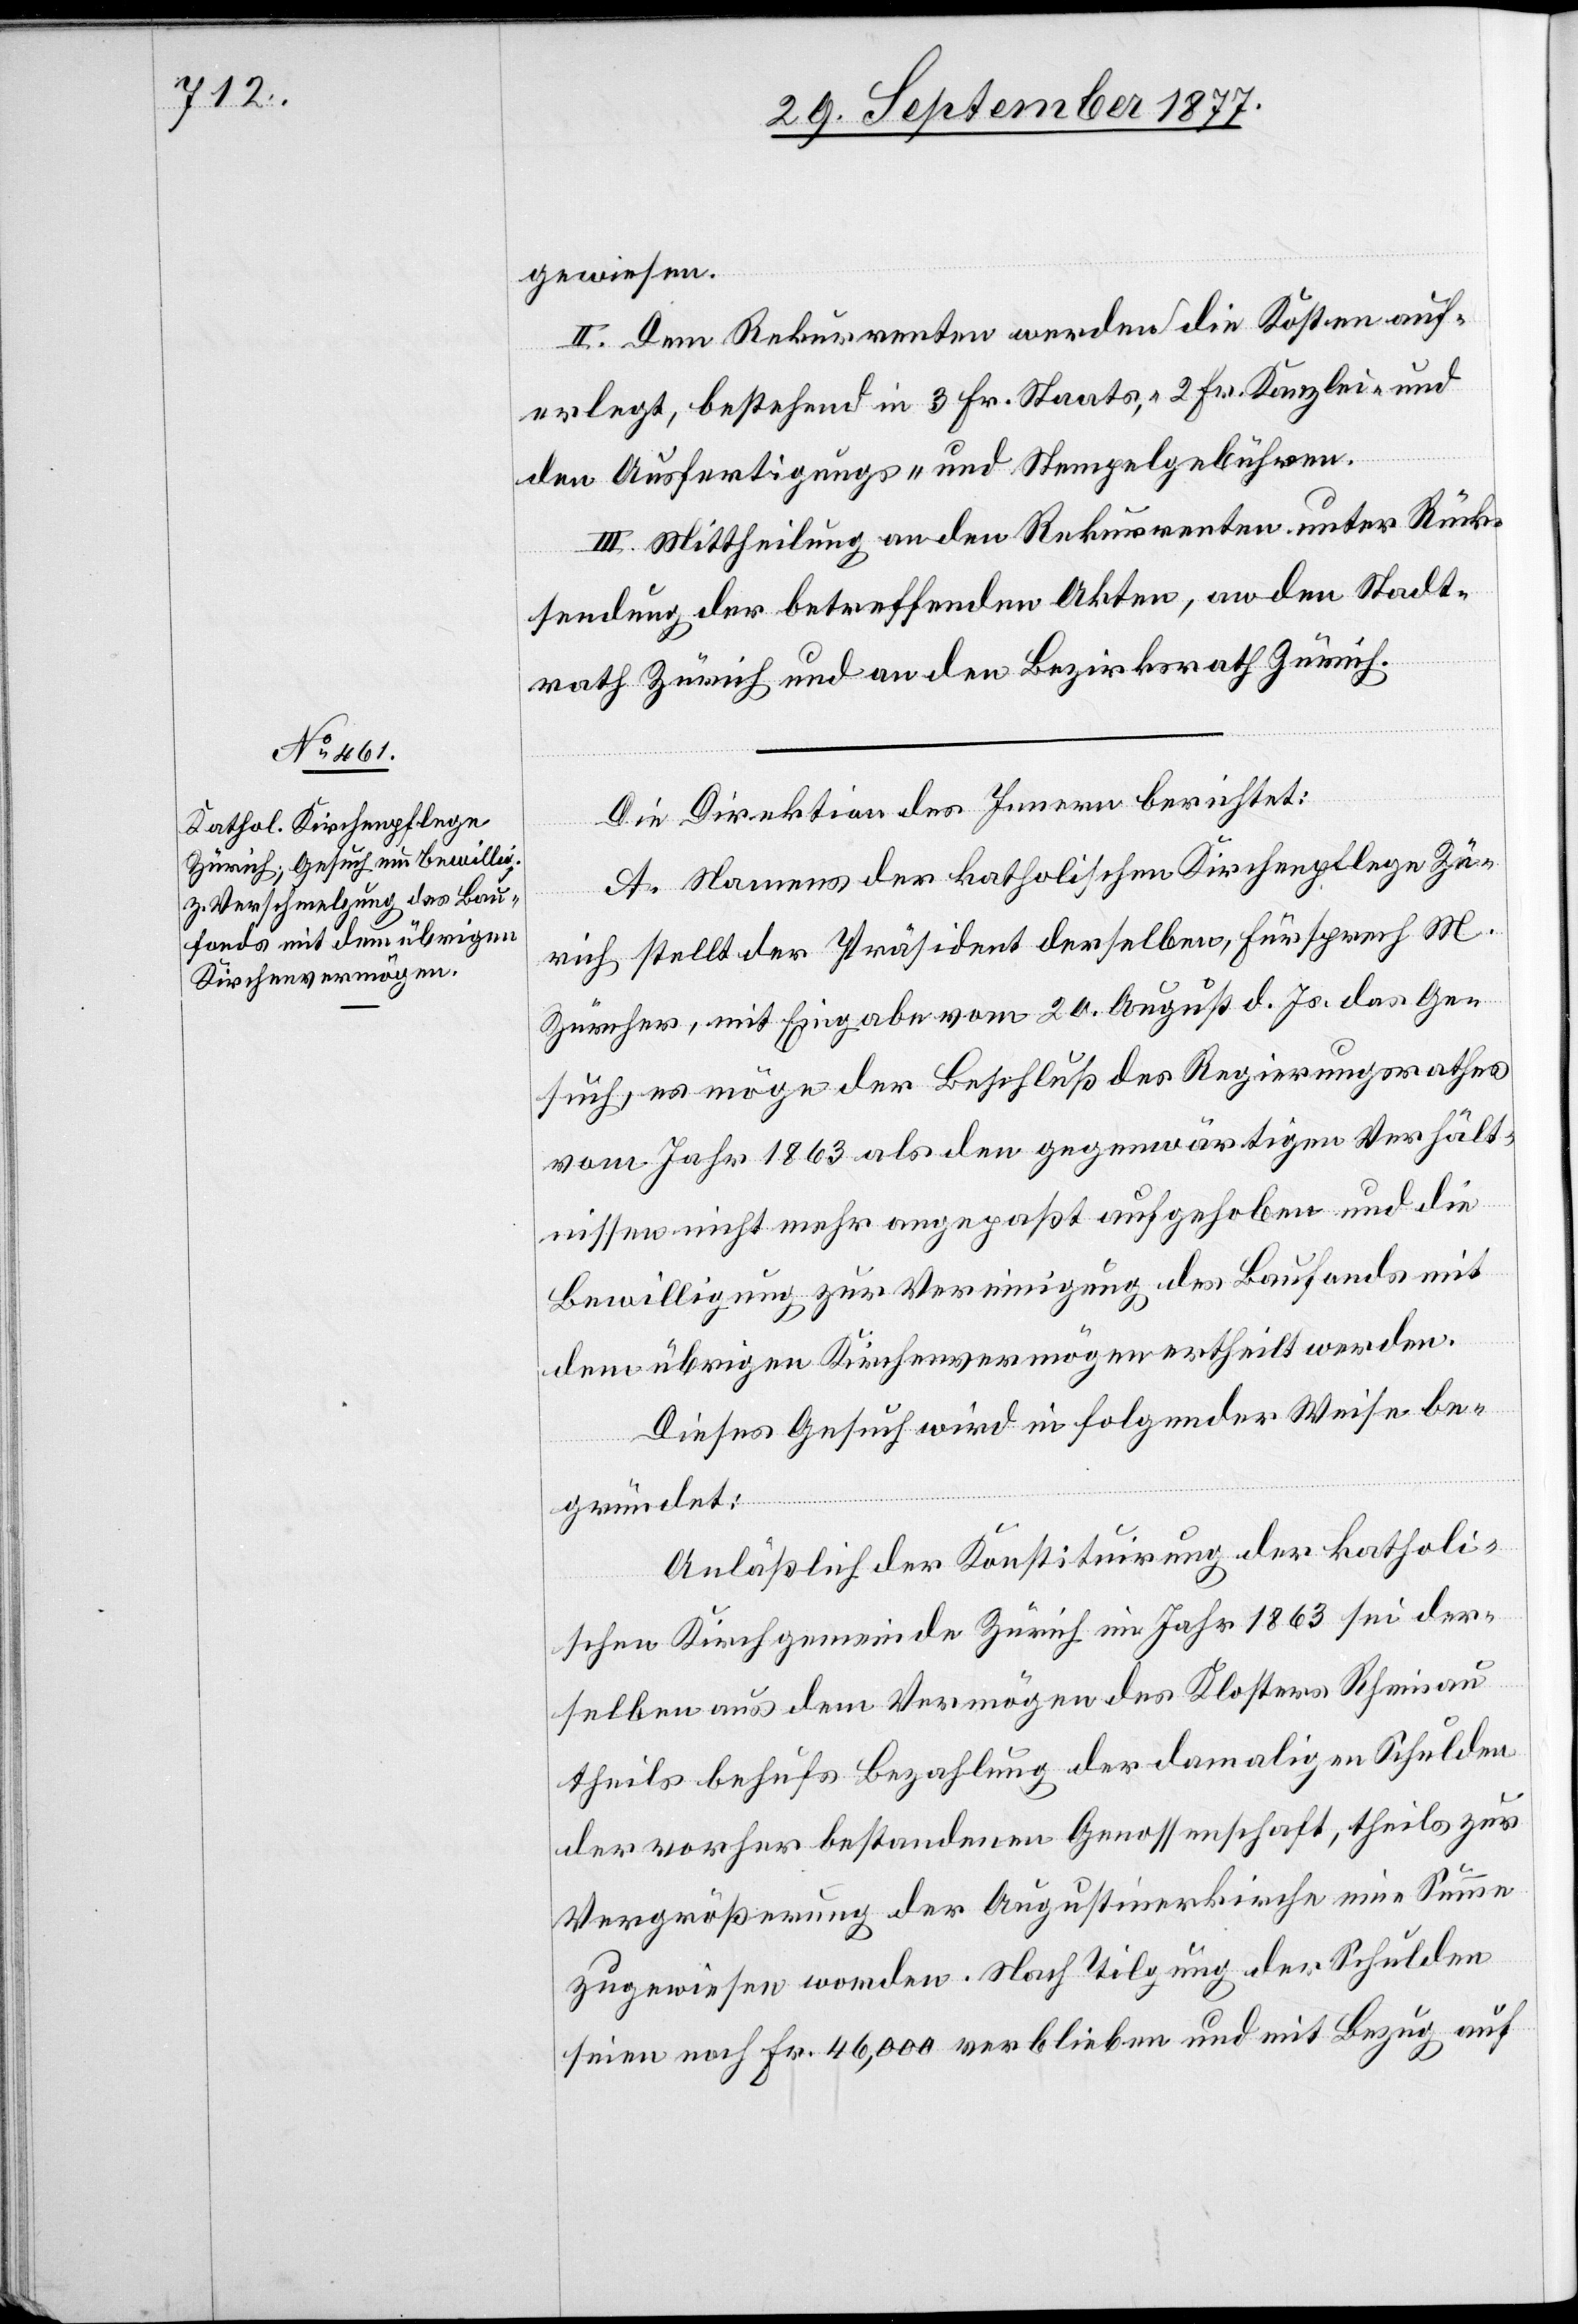
gewiesen.
II. Dem Rekurrenten werden die Kosten auf¬
erlegt, bestehend in 3 Fr. Staats-, 2 Fr. Kanzlei- und
den Ausfertigungs- und Stempelgebühren.
III. Mittheilung an den Rekurrenten unter Rück¬
sendung der betreffenden Akten, an den Stadt¬
rath Zürich und an den Bezirksrath Zürich.
Die Direktion des Innern berichtet:
A. Namens der katholischen Kirchenpflege Zü¬
rich stellt der Präsident derselben, Fürsprech M.
Zürcher, mit Eingabe vom 20. August d. Js. das Ge¬
such, es möge der Beschluß des Regierungsrathes
vom Jahr 1863 als den gegenwärtigen Verhält¬
nissen nicht mehr angepaßt aufgehoben und die
Bewilligung zur Vereinigung des Baufonds mit
dem übrigen Kirchenvermögen ertheilt werden.
Dieses Gesuch wird in folgender Weise be¬
gründet:
Anläßlich der Konstituirung der katholi¬
schen Kirchgemeinde Zürich im Jahr 1863 sei der¬
selben aus dem Vermögen des Klosters Rheinau
theils behufs Bezahlung der damaligen Schulden
der vorher bestandenen Genossenschaft, theils zur
Vergrößerung der Augustinerkirche eine Summe
zugewiesen worden. Nach Tilgung der Schulden
seien noch Fr. 46,000 verblieben und mit Bezug auf